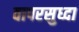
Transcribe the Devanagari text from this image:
वापरसुध्दा